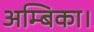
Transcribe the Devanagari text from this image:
अम्बिका।